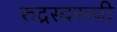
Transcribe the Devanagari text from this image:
रुद्रस्वरूपी